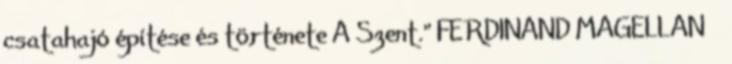
csatahajó építése és története A Szent." FERDINAND MAGELLAN 